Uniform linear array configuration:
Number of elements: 24
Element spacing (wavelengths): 1
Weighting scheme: uniform
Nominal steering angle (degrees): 45
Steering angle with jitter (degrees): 46.656
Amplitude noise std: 0.05
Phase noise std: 0.05

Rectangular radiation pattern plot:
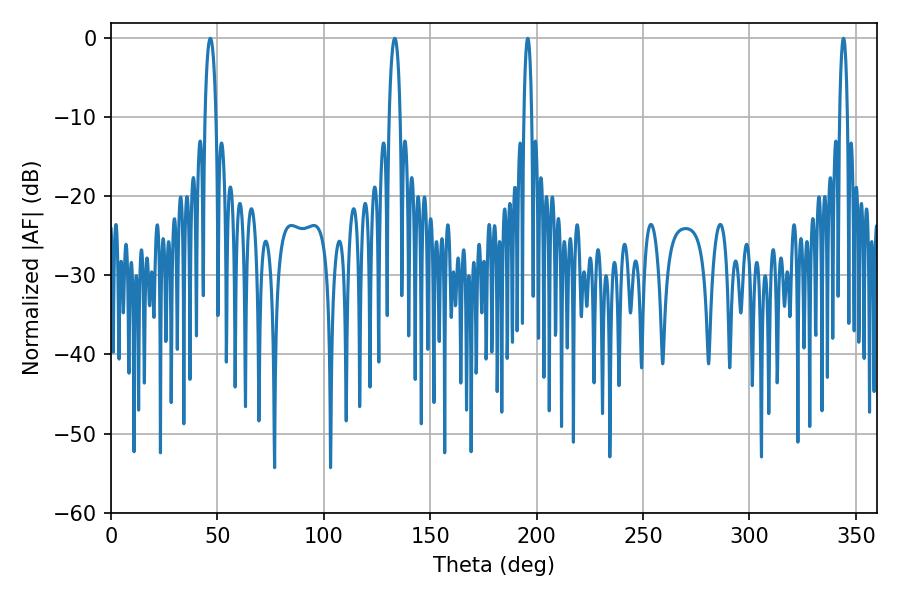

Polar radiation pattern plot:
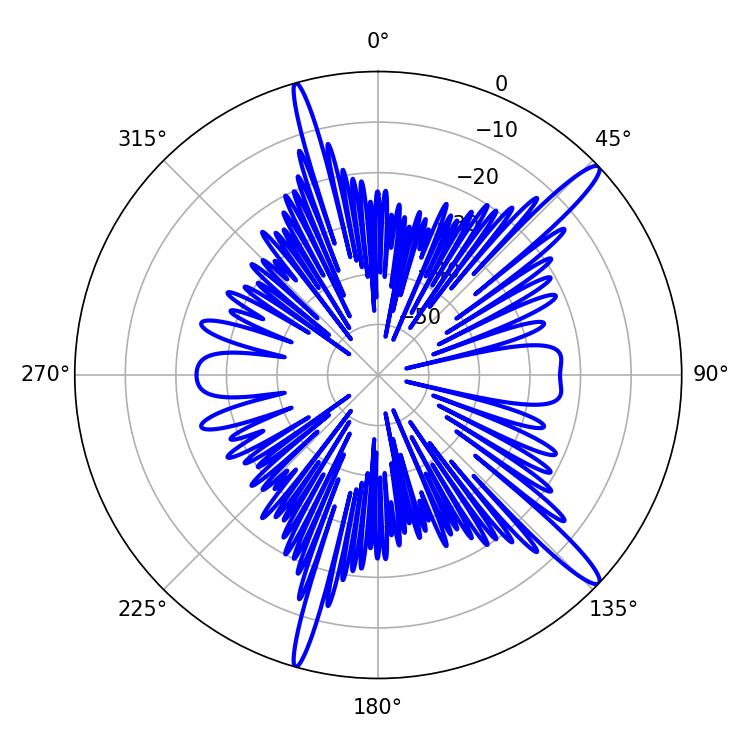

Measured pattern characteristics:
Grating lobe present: TRUE
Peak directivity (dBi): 14.984
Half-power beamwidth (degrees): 2.16
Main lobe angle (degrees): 195.84